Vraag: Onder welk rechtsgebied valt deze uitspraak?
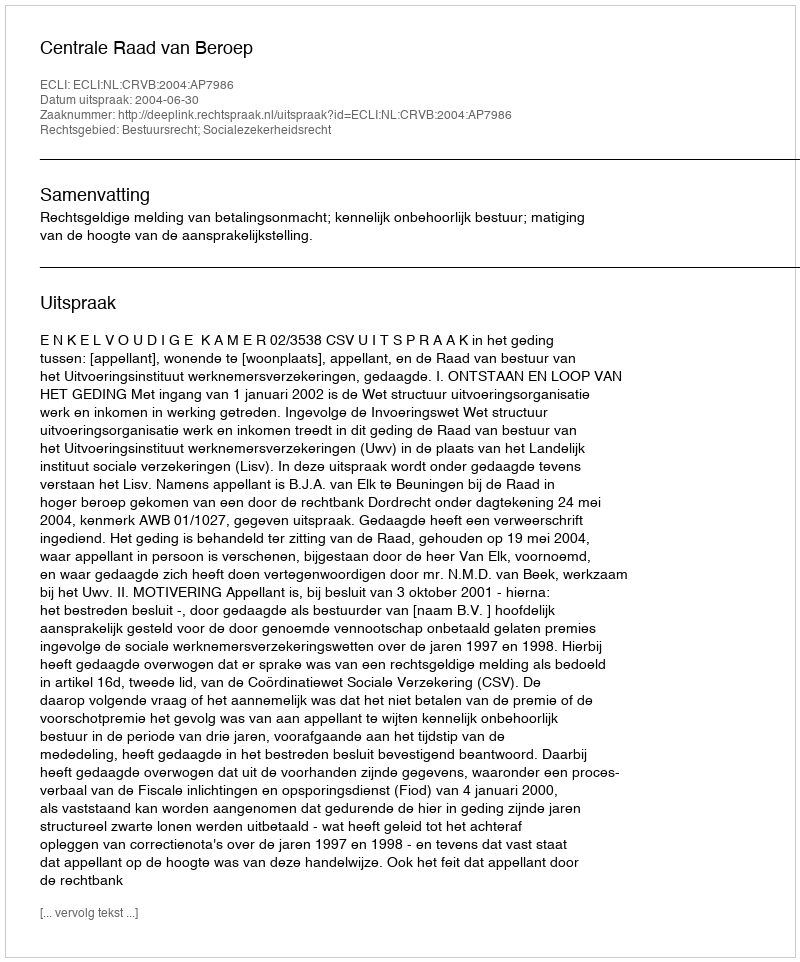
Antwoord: Bestuursrecht; Socialezekerheidsrecht